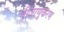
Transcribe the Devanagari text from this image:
बीजाणुकरण